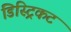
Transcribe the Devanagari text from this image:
डिस्ट्रिकट